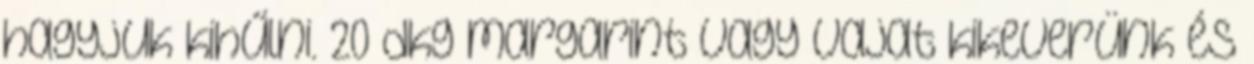
hagyjuk kihűlni. 20 dkg margarint vagy vajat kikeverünk és